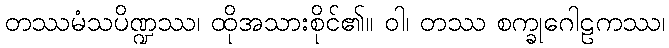
တဿမံသပိဏ္ဍဿ၊ ထိုအသားစိုင်၏။ ဝါ၊ တဿ စက္ခုဂေါဠကဿ၊